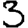
Digit: 3